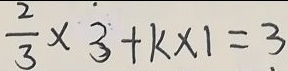
\frac { 2 } { 3 } \times 3 + k \times 1 = 3